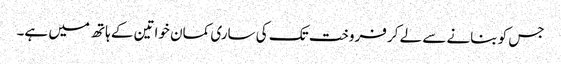
جس کو بنانے سے لے کر فروخت تک کی ساری کمان خواتین کے ہاتھ میں ہے۔